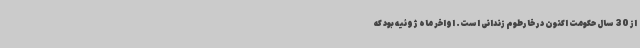
از 30 سال حکومت اکنون در خارطوم زندانی است. اواخر ماه ژوئیه بود که